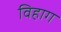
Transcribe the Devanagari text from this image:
विहाग